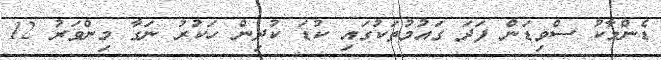
ޑެންމާކު ސްވިޑަން ފަދަ ގައުމުތަކުގައި ކުޑަ ކުދިން ހަކުރު ނަގާ މިންވަރު 12